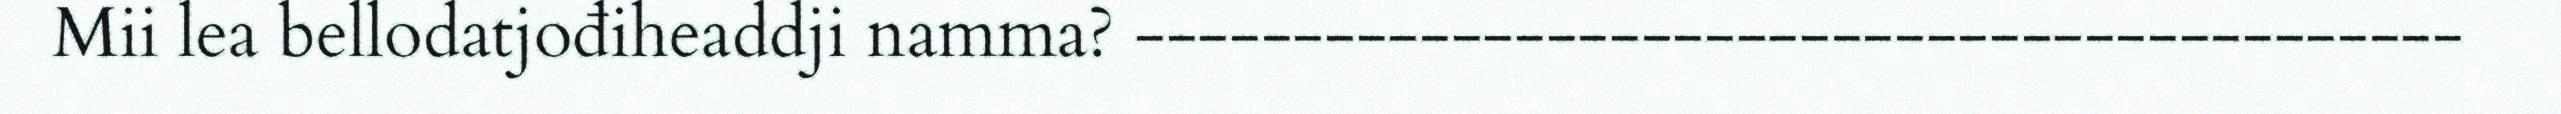
Mii lea bellodatjođiheaddji namma? ‐‐‐‐‐‐‐‐‐‐‐‐‐‐‐‐‐‐‐‐‐‐‐‐‐‐‐‐‐‐‐‐‐‐‐‐‐‐‐‐‐‐